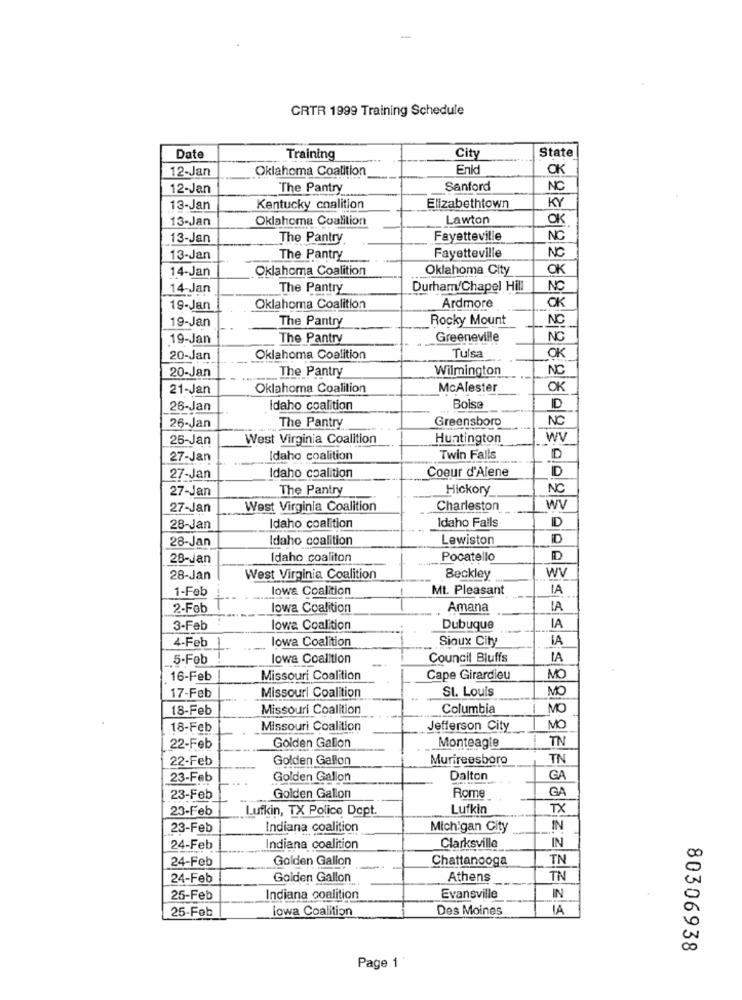
CRTR 1999 Training Schedule
State
Date
Training
City
12-Jan
Oklahoma Coalition
Enid
OK
12-Jan
The Pantry
Sanford
NC
KY
13-Jan
Kentucky coalition
Elizabethtown
13-Jan
Oklahoma Coalition
Lawton
OK
13-Jan
The Pantry
Fayetteville
NC
Fayetteville
NO
13-Jan
The Pantry
14-Jan
Oklahoma Coalition
Oklahoma City
OK
14-Jan
The Pantry
Durham/Chapel Hill
NC
Ardmore
19-Jan
Oklahoma Coalition
OK
19-Jan
The Pantry
Rocky Mount
NO
19-Jan
The Pantry
Greeneville
NO
20-Jan
Oklahoma Coalition
Tulsa
OK
20-Jan
The Pantry
Wilmington
NC
21-Jan
Oklahoma Coalition
McAlester
OK
26-Jan
Idaho coalition
Boise
ID
26-Jan
The Pantry
Greensboro
NC
26-Jan
West Virginia Coalition
Huntington
WV
27-Jan
Idaho coalition
Twin Falls
D
Idaho coalition
Coeur d'Alene
D
27-Jan
27-Jan
The Pantry
Hickory
NC
27-Jan
West Virginia Coalition
Charleston
WV
Idaho Falls
28-Jan
Idaho coalition
D
28-Jan
Idaho coalition
Lewiston
D
28-Jan
Idaho coaliton
Pocatello
D
WV
28-Jan
West Virginia Coalition
Beckley
1-Feb
lowa Coalition
Mt. Pleasant
IA
2-Feb
lowa Coalition
Amana
LA
3-Feb
lowa Coalition
Dubuque
IA
4-Feb
lowa Coalition
Sioux City
IA
5-Feb
lowa Coalition
Council Bluffs
IA
16-Feb
Missouri Coalition
Cape Girardieu
MO
17-Feb
St. Louis
MC
Missouri Coalition
18-Feb
Missouri Coalition
Columbia
MO
18-Feb
Missouri Coalition
Jefferson City
MO
TN
22-Feb
Golden Gallon
Monteagle
22-Feb
Golden Gallon
Murireesboro
TN
23-Feb
Golden Gallon
Dalton
GA
GA
23-Feb
Golden Gallon
Rome
23-Feb
Lufkin, TX Police Dept.
Lufkin
TX
23-Feb
Indiana coalition
Michigan City
IN
IN
24-Feb
Indiana coalition
Clarksville
24-Feb
Golden Gallon
Chattanooga
TN
00
5
24-Feb
Golden Gallon
Athens
TN
25-Feb
Indiana coalition
Evansville
IN
0
25-Feb
lowa Coalition
Des Moines
IA
80306938
Page 1